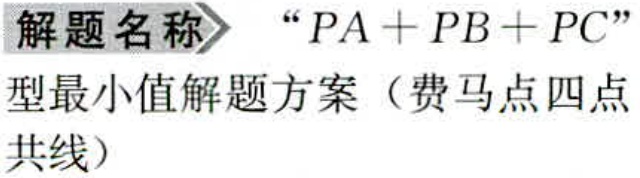
\textbf{解题名称} “$PA + PB + PC$”型最小值解题方案（费马点四点共线）